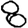
Digit: 8